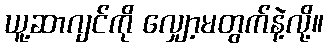
ယူ့ဆာဂျင်ကို လျှော့မတွက်နဲ့လို့။